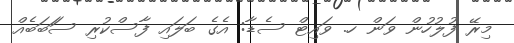
މިރޭ ފުލުހުން ވަން ހ. ވައިޓް ސެޑާ: އެގެ ބަލައި ފާސްކުރި ސަަބަބެއް